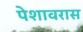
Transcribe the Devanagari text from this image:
पेशावरास